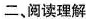
二,阅读理解